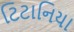
ટિટાનિયા